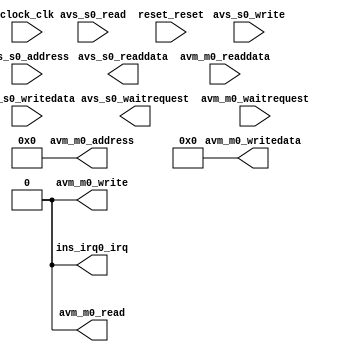
module custom_math (
		input  wire [7:0]  avs_s0_address,     
		input  wire        avs_s0_read,        
		output wire [31:0] avs_s0_readdata,    
		input  wire        avs_s0_write,       
		input  wire [31:0] avs_s0_writedata,   
		output wire        avs_s0_waitrequest, 
		input  wire        clock_clk,          
		input  wire        reset_reset,        
		output wire        ins_irq0_irq,       
		output wire [7:0]  avm_m0_address,     
		output wire        avm_m0_read,        
		input  wire        avm_m0_waitrequest, 
		input  wire [31:0] avm_m0_readdata,    
		output wire        avm_m0_write,       
		output wire [31:0] avm_m0_writedata    
	);
	assign ins_irq0_irq = 1'b0; 
	assign avm_m0_address = 8'b00000000;
	assign avm_m0_read = 1'b0;
	assign avm_m0_write = 1'b0;
	assign avm_m0_writedata = 32'b00000000000000000000000000000000;
endmodule